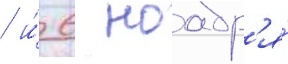
/ и́ 6 ноабр'я́